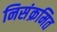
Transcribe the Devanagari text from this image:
निसंक्रमित